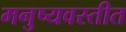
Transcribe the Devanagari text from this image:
मनुष्यवस्तीत